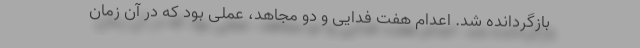
بازگردانده شد. اعدام هفت فدایی و دو مجاهد، عملی بود كه در آن زمان